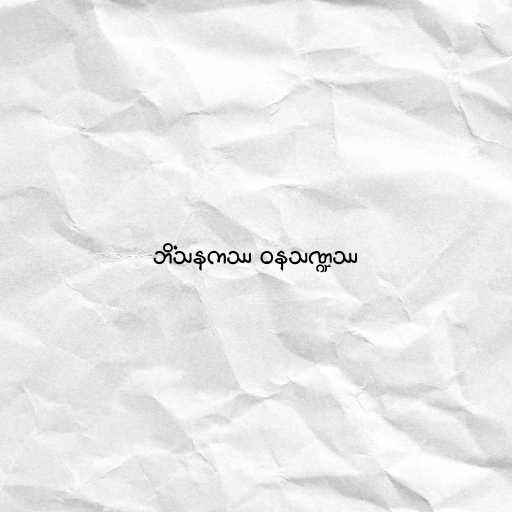
ဘိံသနကဿ ဝနသဏ္ဍဿ